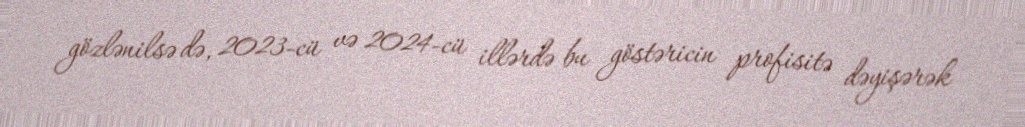
gözlənilsə də, 2023-cü və 2024-cü illərdə bu göstəricin profisitə dəyişərək